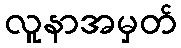
လူနာအမှတ်